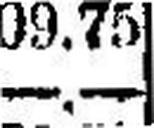
—.—